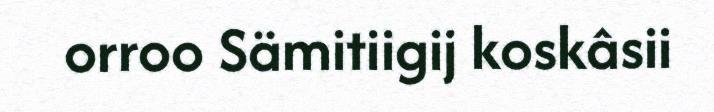
orroo Sämitiigij koskâsii